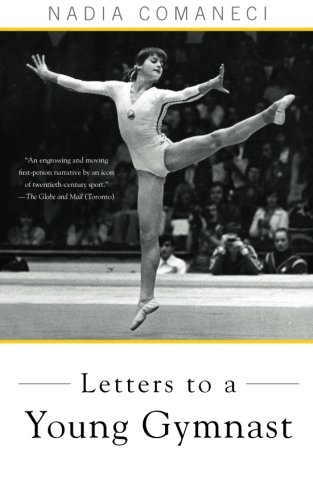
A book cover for Letters to a Young Gymnast; Nadia Comaneci; Sports & Outdoors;